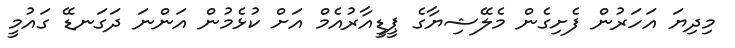
މިދިޔަ އަހަރުން ފެށިގެން މެލޭޝިޔާގެ ޕީޑީއާރުއެމް އަށް ކުޅެމުން އަންނަ ދަގަނޑޭ ގައުމީ